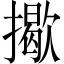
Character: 𢶆